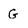
Character: G